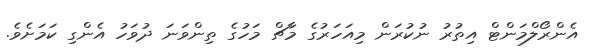
އެންރޯލްމަންޓް އިތުރު ނުކުރަން މިއަހަރުގެ މާޗް މަހުގެ ތިންވަނަ ދުވަހު އެންގި ކަމަށެވެ.